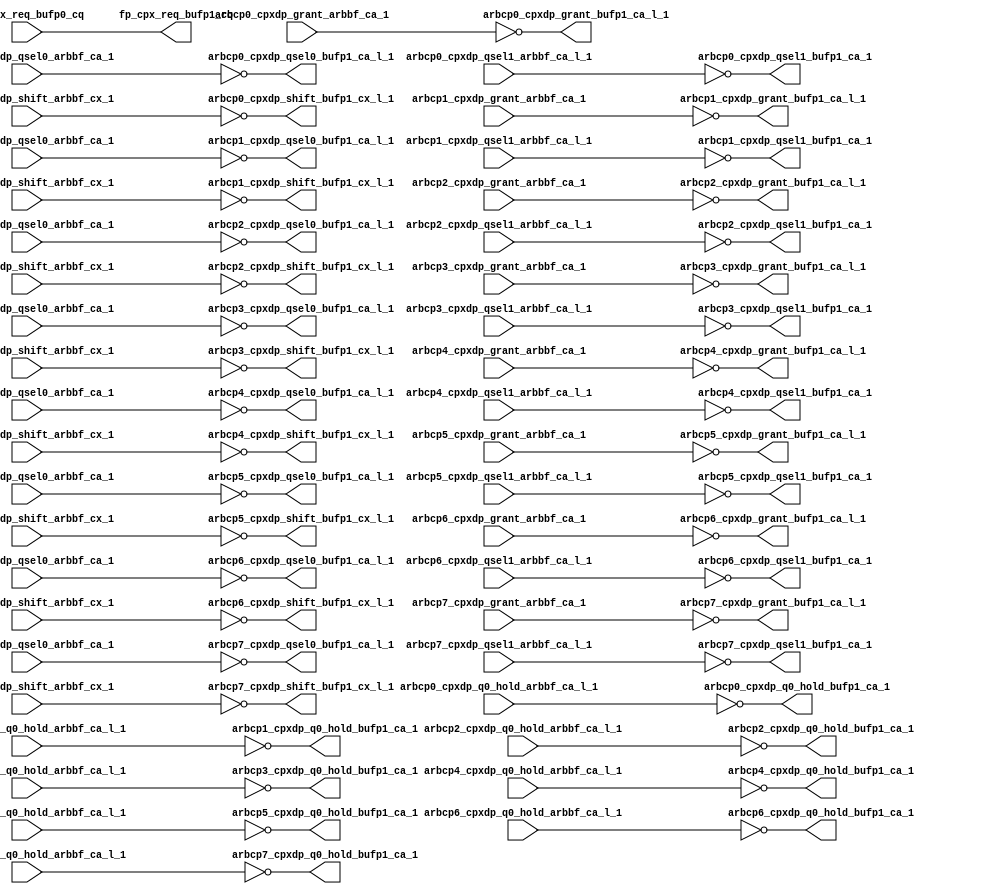
// ========== Copyright Header Begin ==========================================
// 
// OpenSPARC T1 Processor File: cpx_fpbuf_p1.v
// Copyright (c) 2006 Sun Microsystems, Inc.  All Rights Reserved.
// DO NOT ALTER OR REMOVE COPYRIGHT NOTICES.
// 
// The above named program is free software; you can redistribute it and/or
// modify it under the terms of the GNU General Public
// License version 2 as published by the Free Software Foundation.
// 
// The above named program is distributed in the hope that it will be 
// useful, but WITHOUT ANY WARRANTY; without even the implied warranty of
// MERCHANTABILITY or FITNESS FOR A PARTICULAR PURPOSE.  See the GNU
// General Public License for more details.
// 
// You should have received a copy of the GNU General Public
// License along with this work; if not, write to the Free Software
// Foundation, Inc., 51 Franklin St, Fifth Floor, Boston, MA 02110-1301, USA.
// 
// ========== Copyright Header End ============================================
module cpx_fpbuf_p1(/*AUTOARG*/
   // Outputs
   fp_cpx_req_bufp1_cq, arbcp0_cpxdp_grant_bufp1_ca_l_1, 
   arbcp0_cpxdp_q0_hold_bufp1_ca_1, arbcp0_cpxdp_qsel0_bufp1_ca_l_1, 
   arbcp0_cpxdp_qsel1_bufp1_ca_1, arbcp0_cpxdp_shift_bufp1_cx_l_1, 
   arbcp1_cpxdp_grant_bufp1_ca_l_1, arbcp1_cpxdp_q0_hold_bufp1_ca_1, 
   arbcp1_cpxdp_qsel0_bufp1_ca_l_1, arbcp1_cpxdp_qsel1_bufp1_ca_1, 
   arbcp1_cpxdp_shift_bufp1_cx_l_1, arbcp2_cpxdp_grant_bufp1_ca_l_1, 
   arbcp2_cpxdp_q0_hold_bufp1_ca_1, arbcp2_cpxdp_qsel0_bufp1_ca_l_1, 
   arbcp2_cpxdp_qsel1_bufp1_ca_1, arbcp2_cpxdp_shift_bufp1_cx_l_1, 
   arbcp3_cpxdp_grant_bufp1_ca_l_1, arbcp3_cpxdp_q0_hold_bufp1_ca_1, 
   arbcp3_cpxdp_qsel0_bufp1_ca_l_1, arbcp3_cpxdp_qsel1_bufp1_ca_1, 
   arbcp3_cpxdp_shift_bufp1_cx_l_1, arbcp4_cpxdp_grant_bufp1_ca_l_1, 
   arbcp4_cpxdp_q0_hold_bufp1_ca_1, arbcp4_cpxdp_qsel0_bufp1_ca_l_1, 
   arbcp4_cpxdp_qsel1_bufp1_ca_1, arbcp4_cpxdp_shift_bufp1_cx_l_1, 
   arbcp5_cpxdp_grant_bufp1_ca_l_1, arbcp5_cpxdp_q0_hold_bufp1_ca_1, 
   arbcp5_cpxdp_qsel0_bufp1_ca_l_1, arbcp5_cpxdp_qsel1_bufp1_ca_1, 
   arbcp5_cpxdp_shift_bufp1_cx_l_1, arbcp6_cpxdp_grant_bufp1_ca_l_1, 
   arbcp6_cpxdp_q0_hold_bufp1_ca_1, arbcp6_cpxdp_qsel0_bufp1_ca_l_1, 
   arbcp6_cpxdp_qsel1_bufp1_ca_1, arbcp6_cpxdp_shift_bufp1_cx_l_1, 
   arbcp7_cpxdp_grant_bufp1_ca_l_1, arbcp7_cpxdp_q0_hold_bufp1_ca_1, 
   arbcp7_cpxdp_qsel0_bufp1_ca_l_1, arbcp7_cpxdp_qsel1_bufp1_ca_1, 
   arbcp7_cpxdp_shift_bufp1_cx_l_1, 
   // Inputs
   fp_cpx_req_bufp0_cq, arbcp0_cpxdp_grant_arbbf_ca_1, 
   arbcp0_cpxdp_q0_hold_arbbf_ca_l_1, arbcp0_cpxdp_qsel0_arbbf_ca_1, 
   arbcp0_cpxdp_qsel1_arbbf_ca_l_1, arbcp0_cpxdp_shift_arbbf_cx_1, 
   arbcp1_cpxdp_grant_arbbf_ca_1, arbcp1_cpxdp_q0_hold_arbbf_ca_l_1, 
   arbcp1_cpxdp_qsel0_arbbf_ca_1, arbcp1_cpxdp_qsel1_arbbf_ca_l_1, 
   arbcp1_cpxdp_shift_arbbf_cx_1, arbcp2_cpxdp_grant_arbbf_ca_1, 
   arbcp2_cpxdp_q0_hold_arbbf_ca_l_1, arbcp2_cpxdp_qsel0_arbbf_ca_1, 
   arbcp2_cpxdp_qsel1_arbbf_ca_l_1, arbcp2_cpxdp_shift_arbbf_cx_1, 
   arbcp3_cpxdp_grant_arbbf_ca_1, arbcp3_cpxdp_q0_hold_arbbf_ca_l_1, 
   arbcp3_cpxdp_qsel0_arbbf_ca_1, arbcp3_cpxdp_qsel1_arbbf_ca_l_1, 
   arbcp3_cpxdp_shift_arbbf_cx_1, arbcp4_cpxdp_grant_arbbf_ca_1, 
   arbcp4_cpxdp_q0_hold_arbbf_ca_l_1, arbcp4_cpxdp_qsel0_arbbf_ca_1, 
   arbcp4_cpxdp_qsel1_arbbf_ca_l_1, arbcp4_cpxdp_shift_arbbf_cx_1, 
   arbcp5_cpxdp_grant_arbbf_ca_1, arbcp5_cpxdp_q0_hold_arbbf_ca_l_1, 
   arbcp5_cpxdp_qsel0_arbbf_ca_1, arbcp5_cpxdp_qsel1_arbbf_ca_l_1, 
   arbcp5_cpxdp_shift_arbbf_cx_1, arbcp6_cpxdp_grant_arbbf_ca_1, 
   arbcp6_cpxdp_q0_hold_arbbf_ca_l_1, arbcp6_cpxdp_qsel0_arbbf_ca_1, 
   arbcp6_cpxdp_qsel1_arbbf_ca_l_1, arbcp6_cpxdp_shift_arbbf_cx_1, 
   arbcp7_cpxdp_grant_arbbf_ca_1, arbcp7_cpxdp_q0_hold_arbbf_ca_l_1, 
   arbcp7_cpxdp_qsel0_arbbf_ca_1, arbcp7_cpxdp_qsel1_arbbf_ca_l_1, 
   arbcp7_cpxdp_shift_arbbf_cx_1
   );


output	[7:0]	fp_cpx_req_bufp1_cq;

input	[7:0]	fp_cpx_req_bufp0_cq;

   output               arbcp0_cpxdp_grant_bufp1_ca_l_1         ;
   output               arbcp0_cpxdp_q0_hold_bufp1_ca_1         ;
   output               arbcp0_cpxdp_qsel0_bufp1_ca_l_1         ;
   output               arbcp0_cpxdp_qsel1_bufp1_ca_1           ;
   output               arbcp0_cpxdp_shift_bufp1_cx_l_1         ;

   output               arbcp1_cpxdp_grant_bufp1_ca_l_1         ;
   output               arbcp1_cpxdp_q0_hold_bufp1_ca_1         ;
   output               arbcp1_cpxdp_qsel0_bufp1_ca_l_1         ;
   output               arbcp1_cpxdp_qsel1_bufp1_ca_1           ;
   output               arbcp1_cpxdp_shift_bufp1_cx_l_1         ;

   output               arbcp2_cpxdp_grant_bufp1_ca_l_1         ;
   output               arbcp2_cpxdp_q0_hold_bufp1_ca_1         ;
   output               arbcp2_cpxdp_qsel0_bufp1_ca_l_1         ;
   output               arbcp2_cpxdp_qsel1_bufp1_ca_1           ;
   output               arbcp2_cpxdp_shift_bufp1_cx_l_1         ;

   output               arbcp3_cpxdp_grant_bufp1_ca_l_1         ;
   output               arbcp3_cpxdp_q0_hold_bufp1_ca_1         ;
   output               arbcp3_cpxdp_qsel0_bufp1_ca_l_1         ;
   output               arbcp3_cpxdp_qsel1_bufp1_ca_1           ;
   output               arbcp3_cpxdp_shift_bufp1_cx_l_1         ;

   output               arbcp4_cpxdp_grant_bufp1_ca_l_1         ;
   output               arbcp4_cpxdp_q0_hold_bufp1_ca_1         ;
   output               arbcp4_cpxdp_qsel0_bufp1_ca_l_1         ;
   output               arbcp4_cpxdp_qsel1_bufp1_ca_1           ;
   output               arbcp4_cpxdp_shift_bufp1_cx_l_1         ;

   output               arbcp5_cpxdp_grant_bufp1_ca_l_1         ;
   output               arbcp5_cpxdp_q0_hold_bufp1_ca_1         ;
   output               arbcp5_cpxdp_qsel0_bufp1_ca_l_1         ;
   output               arbcp5_cpxdp_qsel1_bufp1_ca_1           ;
   output               arbcp5_cpxdp_shift_bufp1_cx_l_1         ;

   output               arbcp6_cpxdp_grant_bufp1_ca_l_1         ;
   output               arbcp6_cpxdp_q0_hold_bufp1_ca_1         ;
   output               arbcp6_cpxdp_qsel0_bufp1_ca_l_1         ;
   output               arbcp6_cpxdp_qsel1_bufp1_ca_1           ;
   output               arbcp6_cpxdp_shift_bufp1_cx_l_1         ;

   output               arbcp7_cpxdp_grant_bufp1_ca_l_1         ;
   output               arbcp7_cpxdp_q0_hold_bufp1_ca_1         ;
   output               arbcp7_cpxdp_qsel0_bufp1_ca_l_1         ;
   output               arbcp7_cpxdp_qsel1_bufp1_ca_1           ;
   output               arbcp7_cpxdp_shift_bufp1_cx_l_1         ;

   input                arbcp0_cpxdp_grant_arbbf_ca_1;
   input                arbcp0_cpxdp_q0_hold_arbbf_ca_l_1;
   input                arbcp0_cpxdp_qsel0_arbbf_ca_1;
   input                arbcp0_cpxdp_qsel1_arbbf_ca_l_1;
   input                arbcp0_cpxdp_shift_arbbf_cx_1;

   input                arbcp1_cpxdp_grant_arbbf_ca_1;
   input                arbcp1_cpxdp_q0_hold_arbbf_ca_l_1;
   input                arbcp1_cpxdp_qsel0_arbbf_ca_1;
   input                arbcp1_cpxdp_qsel1_arbbf_ca_l_1;
   input                arbcp1_cpxdp_shift_arbbf_cx_1;

   input                arbcp2_cpxdp_grant_arbbf_ca_1;
   input                arbcp2_cpxdp_q0_hold_arbbf_ca_l_1;
   input                arbcp2_cpxdp_qsel0_arbbf_ca_1;
   input                arbcp2_cpxdp_qsel1_arbbf_ca_l_1;
   input                arbcp2_cpxdp_shift_arbbf_cx_1;

   input                arbcp3_cpxdp_grant_arbbf_ca_1;
   input                arbcp3_cpxdp_q0_hold_arbbf_ca_l_1;
   input                arbcp3_cpxdp_qsel0_arbbf_ca_1;
   input                arbcp3_cpxdp_qsel1_arbbf_ca_l_1;
   input                arbcp3_cpxdp_shift_arbbf_cx_1;

   input                arbcp4_cpxdp_grant_arbbf_ca_1;
   input                arbcp4_cpxdp_q0_hold_arbbf_ca_l_1;
   input                arbcp4_cpxdp_qsel0_arbbf_ca_1;
   input                arbcp4_cpxdp_qsel1_arbbf_ca_l_1;
   input                arbcp4_cpxdp_shift_arbbf_cx_1;

   input                arbcp5_cpxdp_grant_arbbf_ca_1;
   input                arbcp5_cpxdp_q0_hold_arbbf_ca_l_1;
   input                arbcp5_cpxdp_qsel0_arbbf_ca_1;
   input                arbcp5_cpxdp_qsel1_arbbf_ca_l_1;
   input                arbcp5_cpxdp_shift_arbbf_cx_1;

   input                arbcp6_cpxdp_grant_arbbf_ca_1;
   input                arbcp6_cpxdp_q0_hold_arbbf_ca_l_1;
   input                arbcp6_cpxdp_qsel0_arbbf_ca_1;
   input                arbcp6_cpxdp_qsel1_arbbf_ca_l_1;
   input                arbcp6_cpxdp_shift_arbbf_cx_1;

   input                arbcp7_cpxdp_grant_arbbf_ca_1;
   input                arbcp7_cpxdp_q0_hold_arbbf_ca_l_1;
   input                arbcp7_cpxdp_qsel0_arbbf_ca_1;
   input                arbcp7_cpxdp_qsel1_arbbf_ca_l_1;
   input                arbcp7_cpxdp_shift_arbbf_cx_1;


assign               fp_cpx_req_bufp1_cq[7:0]                =   fp_cpx_req_bufp0_cq[7:0];



   assign               arbcp0_cpxdp_grant_bufp1_ca_l_1    =       ~  arbcp0_cpxdp_grant_arbbf_ca_1;
   assign               arbcp0_cpxdp_q0_hold_bufp1_ca_1    =       ~ arbcp0_cpxdp_q0_hold_arbbf_ca_l_1;
   assign               arbcp0_cpxdp_qsel0_bufp1_ca_l_1    =       ~ arbcp0_cpxdp_qsel0_arbbf_ca_1;
   assign               arbcp0_cpxdp_qsel1_bufp1_ca_1      =       ~ arbcp0_cpxdp_qsel1_arbbf_ca_l_1;
   assign               arbcp0_cpxdp_shift_bufp1_cx_l_1    =       ~ arbcp0_cpxdp_shift_arbbf_cx_1;

   assign               arbcp1_cpxdp_grant_bufp1_ca_l_1    =       ~  arbcp1_cpxdp_grant_arbbf_ca_1;
   assign               arbcp1_cpxdp_q0_hold_bufp1_ca_1    =       ~ arbcp1_cpxdp_q0_hold_arbbf_ca_l_1;
   assign               arbcp1_cpxdp_qsel0_bufp1_ca_l_1    =       ~ arbcp1_cpxdp_qsel0_arbbf_ca_1;
   assign               arbcp1_cpxdp_qsel1_bufp1_ca_1      =       ~ arbcp1_cpxdp_qsel1_arbbf_ca_l_1;
   assign               arbcp1_cpxdp_shift_bufp1_cx_l_1    =       ~ arbcp1_cpxdp_shift_arbbf_cx_1;

   assign               arbcp2_cpxdp_grant_bufp1_ca_l_1    =       ~  arbcp2_cpxdp_grant_arbbf_ca_1;
   assign               arbcp2_cpxdp_q0_hold_bufp1_ca_1    =       ~ arbcp2_cpxdp_q0_hold_arbbf_ca_l_1;
   assign               arbcp2_cpxdp_qsel0_bufp1_ca_l_1    =       ~ arbcp2_cpxdp_qsel0_arbbf_ca_1;
   assign               arbcp2_cpxdp_qsel1_bufp1_ca_1      =       ~ arbcp2_cpxdp_qsel1_arbbf_ca_l_1;
   assign               arbcp2_cpxdp_shift_bufp1_cx_l_1    =       ~ arbcp2_cpxdp_shift_arbbf_cx_1;

   assign               arbcp3_cpxdp_grant_bufp1_ca_l_1    =       ~  arbcp3_cpxdp_grant_arbbf_ca_1;
   assign               arbcp3_cpxdp_q0_hold_bufp1_ca_1    =       ~ arbcp3_cpxdp_q0_hold_arbbf_ca_l_1;
   assign               arbcp3_cpxdp_qsel0_bufp1_ca_l_1    =       ~ arbcp3_cpxdp_qsel0_arbbf_ca_1;
   assign               arbcp3_cpxdp_qsel1_bufp1_ca_1      =       ~ arbcp3_cpxdp_qsel1_arbbf_ca_l_1;
   assign               arbcp3_cpxdp_shift_bufp1_cx_l_1    =       ~ arbcp3_cpxdp_shift_arbbf_cx_1;

   assign               arbcp4_cpxdp_grant_bufp1_ca_l_1    =       ~  arbcp4_cpxdp_grant_arbbf_ca_1;
   assign               arbcp4_cpxdp_q0_hold_bufp1_ca_1    =       ~ arbcp4_cpxdp_q0_hold_arbbf_ca_l_1;
   assign               arbcp4_cpxdp_qsel0_bufp1_ca_l_1    =       ~ arbcp4_cpxdp_qsel0_arbbf_ca_1;
   assign               arbcp4_cpxdp_qsel1_bufp1_ca_1      =       ~ arbcp4_cpxdp_qsel1_arbbf_ca_l_1;
   assign               arbcp4_cpxdp_shift_bufp1_cx_l_1    =       ~ arbcp4_cpxdp_shift_arbbf_cx_1;

   assign               arbcp5_cpxdp_grant_bufp1_ca_l_1    =       ~  arbcp5_cpxdp_grant_arbbf_ca_1;
   assign               arbcp5_cpxdp_q0_hold_bufp1_ca_1    =       ~ arbcp5_cpxdp_q0_hold_arbbf_ca_l_1;
   assign               arbcp5_cpxdp_qsel0_bufp1_ca_l_1    =       ~ arbcp5_cpxdp_qsel0_arbbf_ca_1;
   assign               arbcp5_cpxdp_qsel1_bufp1_ca_1      =       ~ arbcp5_cpxdp_qsel1_arbbf_ca_l_1;
   assign               arbcp5_cpxdp_shift_bufp1_cx_l_1    =       ~ arbcp5_cpxdp_shift_arbbf_cx_1;

   assign               arbcp6_cpxdp_grant_bufp1_ca_l_1    =       ~  arbcp6_cpxdp_grant_arbbf_ca_1;
   assign               arbcp6_cpxdp_q0_hold_bufp1_ca_1    =       ~ arbcp6_cpxdp_q0_hold_arbbf_ca_l_1;
   assign               arbcp6_cpxdp_qsel0_bufp1_ca_l_1    =       ~ arbcp6_cpxdp_qsel0_arbbf_ca_1;
   assign               arbcp6_cpxdp_qsel1_bufp1_ca_1      =       ~ arbcp6_cpxdp_qsel1_arbbf_ca_l_1;
   assign               arbcp6_cpxdp_shift_bufp1_cx_l_1    =       ~ arbcp6_cpxdp_shift_arbbf_cx_1;

   assign               arbcp7_cpxdp_grant_bufp1_ca_l_1    =       ~  arbcp7_cpxdp_grant_arbbf_ca_1;
   assign               arbcp7_cpxdp_q0_hold_bufp1_ca_1    =       ~ arbcp7_cpxdp_q0_hold_arbbf_ca_l_1;
   assign               arbcp7_cpxdp_qsel0_bufp1_ca_l_1    =       ~ arbcp7_cpxdp_qsel0_arbbf_ca_1;
   assign               arbcp7_cpxdp_qsel1_bufp1_ca_1      =       ~ arbcp7_cpxdp_qsel1_arbbf_ca_l_1;
   assign               arbcp7_cpxdp_shift_bufp1_cx_l_1    =       ~ arbcp7_cpxdp_shift_arbbf_cx_1;

endmodule